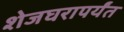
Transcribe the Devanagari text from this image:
शेजघरापर्यंत